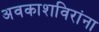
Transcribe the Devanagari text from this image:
अवकाशविरांना